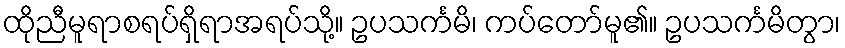
ထိုညီမူရာစရပ်ရှိရာအရပ်သို့။ ဥပသင်္ကမိ၊ ကပ်တော်မူ၏။ ဥပသင်္ကမိတွာ၊